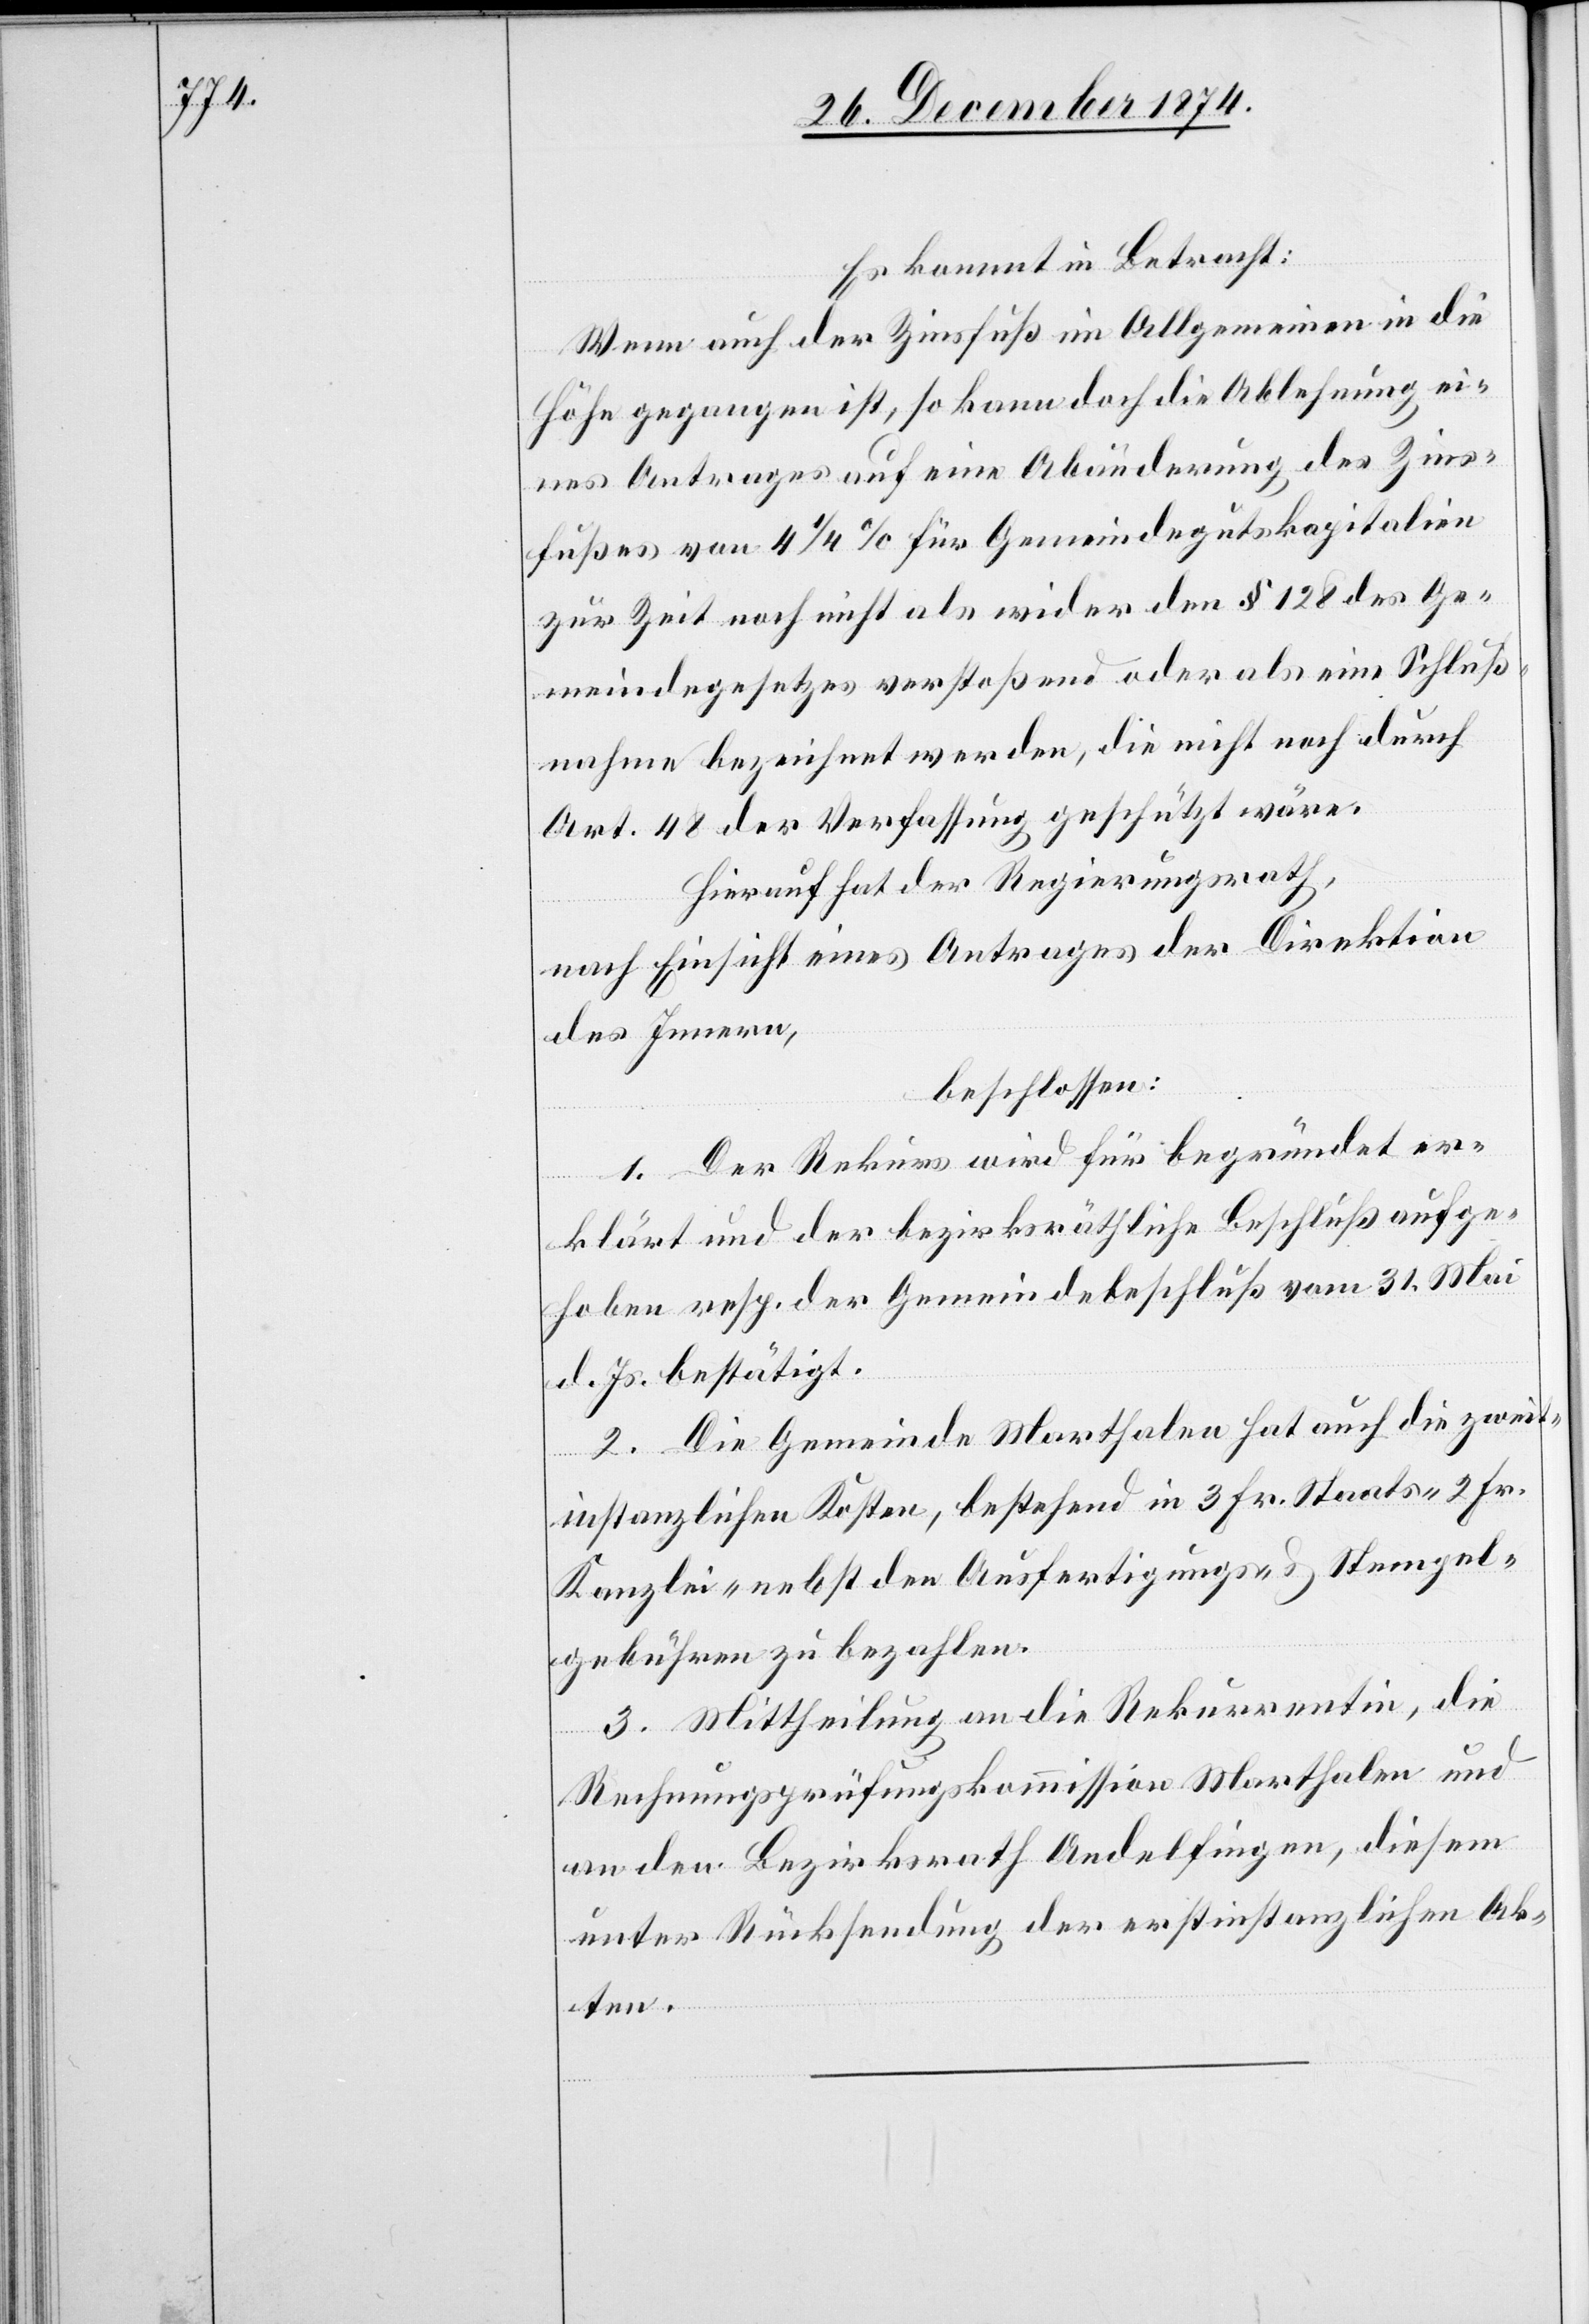
Es kommt in Betracht:
Wenn auch der Zinsfuß im Allgemeinen in die
Höhe gegangen ist, so kann doch die Ablehnung ei¬
nes Antrages auf eine Abänderung des Zins¬
fußes von 4 1/2% für Gemeindegutskapitalien
zur Zeit noch nicht als wider den § 128 des Ge¬
meindegesetzes verstoßend oder als eine Schluß¬
nahme bezeichnet werden, die nicht noch durch
Art. 48 der Verfassung geschützt wäre.
Hierauf hat der Regierungsrath,
nach Einsicht eines Antrages der Direktion
des Innern,
beschlossen:
1. Der Rekurs wird für begründet er¬
klärt und der bezirksräthliche Beschluß aufge¬
hoben resp. der Gemeindebeschluß vom 31. Mai
d. Js. bestätigt.
2. Die Gemeinde Marthalen hat auch die zweit¬
instanzlichen Kosten, bestehend in 3 Fr. Staats-[,] 2 Fr.
Kanzlei- nebst den Ausfertigungs- & Stempel¬
gebühren zu bezahlen.
3. Mittheilung an die Rekurrentin, die
Rechnungsprüfungskommission Marthalen und
an den Bezirksrath Andelfingen, diesem
unter Rücksendung der erstinstanzlichen Ak¬
ten.